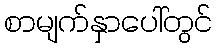
စာမျက်နှာပေါ်တွင်